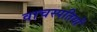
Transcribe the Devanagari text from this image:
वाचस्पतियों